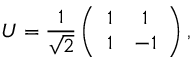
U = \frac { 1 } { \sqrt { 2 } } \left( \begin{array} { c c } { 1 } & { 1 } \\ { 1 } & { - 1 } \end{array} \right) ,